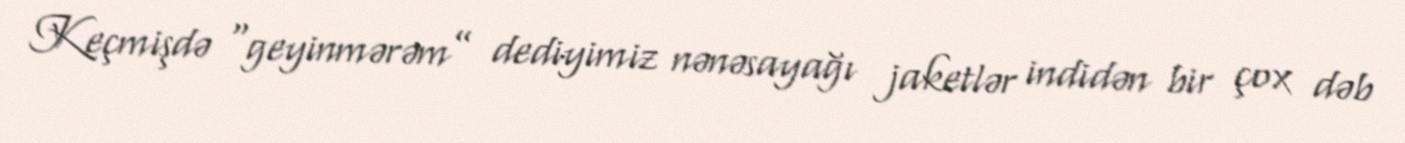
Keçmişdə “geyinmərəm” dediyimiz nənəsayağı jaketlər indidən bir çox dəb